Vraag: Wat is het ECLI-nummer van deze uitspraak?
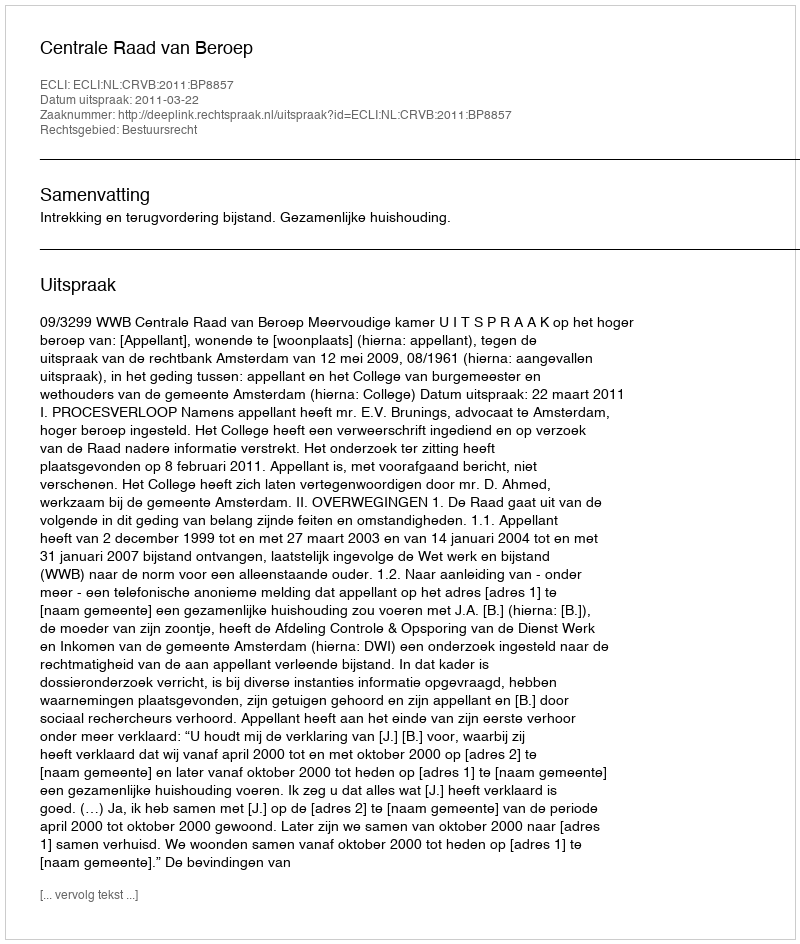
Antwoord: ECLI:NL:CRVB:2011:BP8857